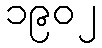
၁၉၀၂